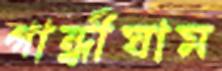
গান্ধীঘাম